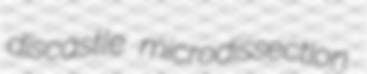
discastle microdissection